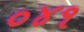
૦૪૧